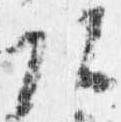
頭